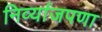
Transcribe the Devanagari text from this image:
निर्व्याजपणा